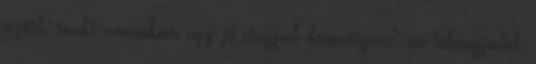
azért: senki nemakar egy jó csajjal dumcsizni?: ne tolongjatok